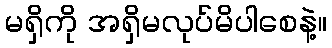
မရှိကို အရှိမလုပ်မိပါစေနဲ့။